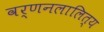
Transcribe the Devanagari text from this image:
वर्णनलालित्य